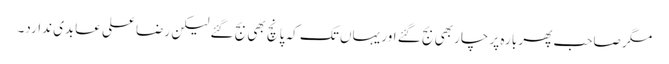
مگر صاحب پھر بارہ پر چار بھی بج گئے اور یہاں تک کہ پانچ بھی بج گئے لیکن رضا علی عابدی ندارد۔